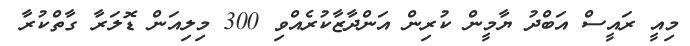
މިއީ ރައީސް އަބްދު ޔާމީން ކުރިން އަންދާޒާކުރެއްވި 300 މިލިއަން ޑޮލަރާ ގާތްކުރާ